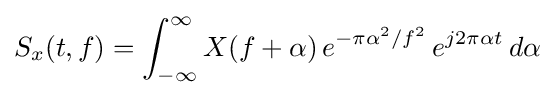
S_{x}(t,f)=\int _{-\infty }^{\infty }X(f+\alpha )\,e^{-\pi \alpha ^{2}/f^{2}}\,e^{j2\pi \alpha t}\,d\alpha